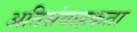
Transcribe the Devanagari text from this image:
अतिसंवाहकता